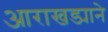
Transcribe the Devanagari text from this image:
आराखड्याने